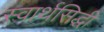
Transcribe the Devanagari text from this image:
स्वार्थसिद्धी